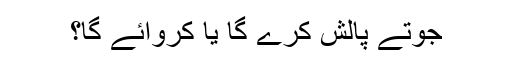
جوتے پالش کرے گا یا کروائے گا؟